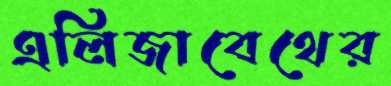
এলিজাবেথের